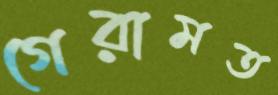
গেরামত